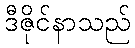
ဒီဇိုင်နာသည်